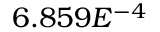
6 . 8 5 9 E ^ { - 4 }